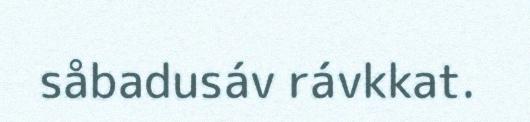
såbadusáv rávkkat.